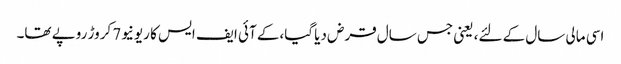
اسی مالی سال کے لئے، یعنی جس سال قرض دیا گیا،کے آئی ایف ایس کا ریونیو7 کروڑ روپے تھا۔